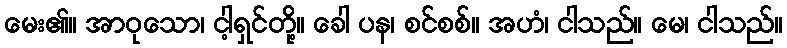
မေး၏။ အာဝုသော၊ ငါ့ရှင်တို့။ ခေါ ပန၊ စင်စစ်။ အဟံ၊ ငါသည်။ မေ၊ ငါသည်။